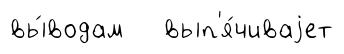
вы́водам вып'я́чиваjет